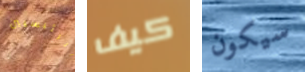
الرئيسيين كيف سيكون